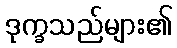
ဒုက္ခသည်များ၏